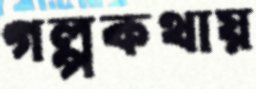
গল্পকথায়